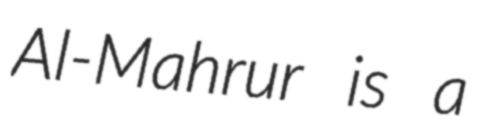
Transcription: Al-Mahrur is a